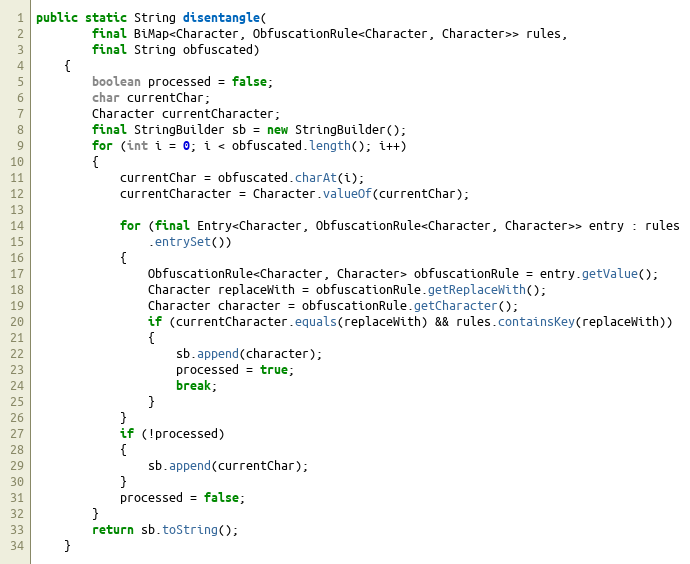
Language: Java
public static String disentangle(
		final BiMap<Character, ObfuscationRule<Character, Character>> rules,
		final String obfuscated)
	{
		boolean processed = false;
		char currentChar;
		Character currentCharacter;
		final StringBuilder sb = new StringBuilder();
		for (int i = 0; i < obfuscated.length(); i++)
		{
			currentChar = obfuscated.charAt(i);
			currentCharacter = Character.valueOf(currentChar);

			for (final Entry<Character, ObfuscationRule<Character, Character>> entry : rules
				.entrySet())
			{
				ObfuscationRule<Character, Character> obfuscationRule = entry.getValue();
				Character replaceWith = obfuscationRule.getReplaceWith();
				Character character = obfuscationRule.getCharacter();
				if (currentCharacter.equals(replaceWith) && rules.containsKey(replaceWith))
				{
					sb.append(character);
					processed = true;
					break;
				}
			}
			if (!processed)
			{
				sb.append(currentChar);
			}
			processed = false;
		}
		return sb.toString();
	}